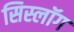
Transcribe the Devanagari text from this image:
सिस्लॉग